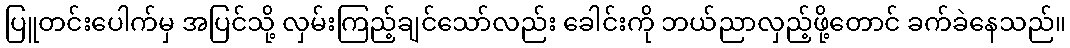
ပြူတင်းပေါက်မှ အပြင်သို့ လှမ်းကြည့်ချင်သော်လည်း ခေါင်းကို ဘယ်ညာလှည့်ဖို့တောင် ခက်ခဲနေသည်။